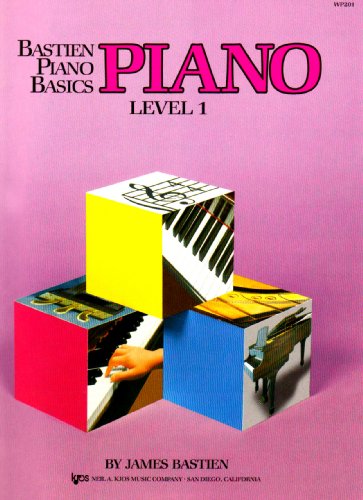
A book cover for WP201 - Bastien Piano Basics Piano Level 1; James Bastien; Humor & Entertainment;